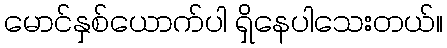
မောင်နှစ်ယောက်ပါ ရှိနေပါသေးတယ်။